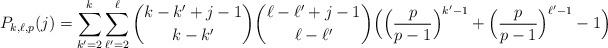
LaTeX: \begin{align*} P_{k,\ell,p}(j) = \sum_{k'=2}^{k} \sum_{\ell'=2}^{\ell} \binom{k-k'+j-1}{k-k'} \binom{\ell-\ell'+j-1}{\ell-\ell'} \Big( \Big( \frac{p}{p-1} \Big)^{k'-1} + \Big( \frac{p}{p-1} \Big)^{\ell'-1}-1 \Big)\end{align*}